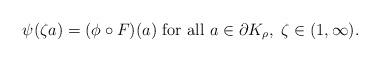
LaTeX: \begin{align*} \psi( \zeta a ) = (\phi\circ F )(a) \ \hbox{for all} \ a\in\partial K_{\rho} , \ \zeta\in (1, \infty). \end{align*}